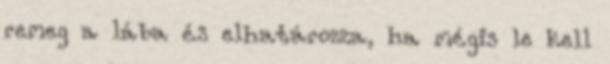
remeg a lába és elhatározza, ha mégis le kell